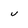
Character: V